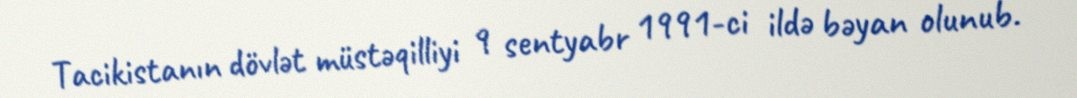
Tacikistanın dövlət müstəqilliyi 9 sentyabr 1991-ci ildə bəyan olunub.